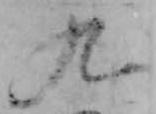
九